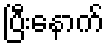
ပြီးနောက်